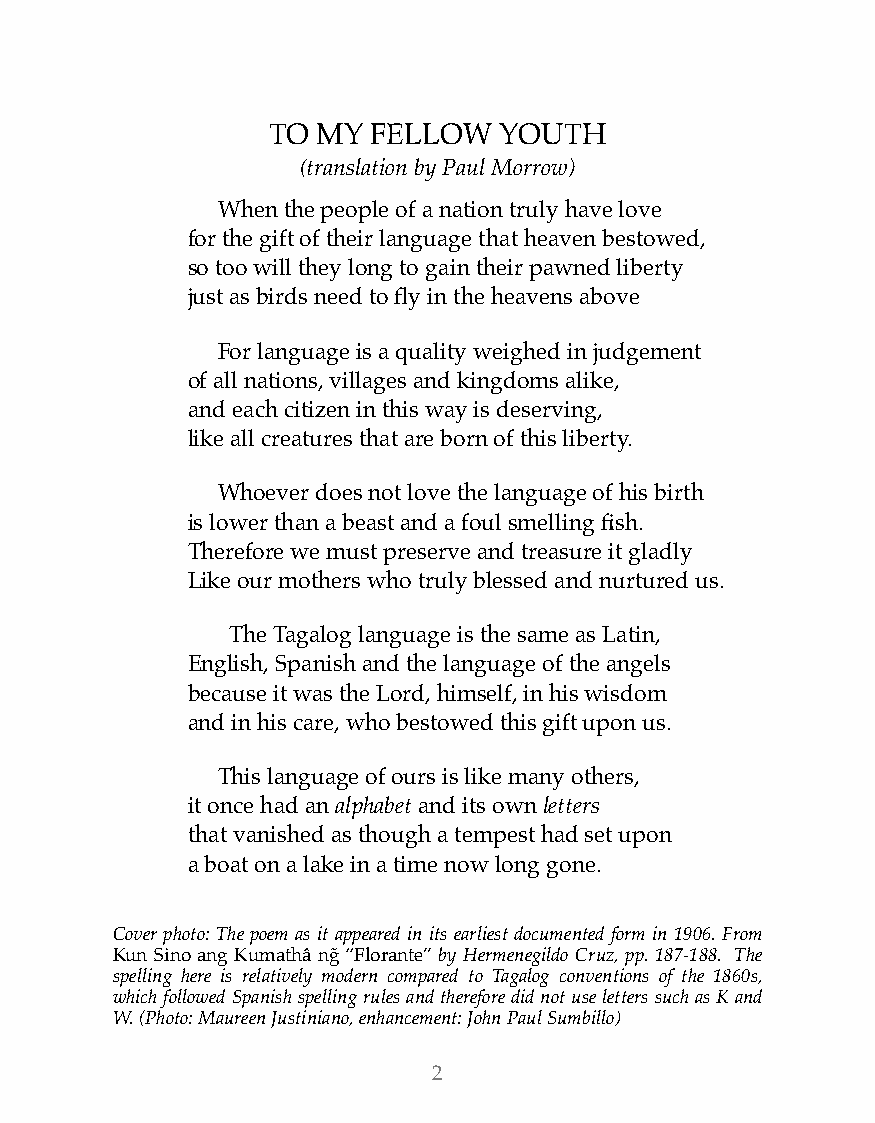
TO MY FELLOW   YOUTH
 (translation by Paul Morrow)
 When the people of a nation truly have love
 for the gift of their language that heaven bestowed,
 so too will they long to gain their pawned liberty
 just as birds need to fly in the heavens above
 For language is a quality weighed in judgement
 of all nations, villages and kingdoms alike,
 and each citizen in this way is deserving,
 like all creatures that are born of this liberty.
 Whoever does not love the language of his birth
 is lower than a beast and a foul smelling fish.
 Therefore we must preserve and treasure it gladly
 Like our mothers who truly blessed and nurtured us.
 The Tagalog language is the same as Latin,
 English, Spanish and the language of the angels
 because it was the Lord, himself, in his wisdom
 and in his care, who bestowed this gift upon us.
 This language of ours is like many others,
 it once had an alphabet and its own letters
 that vanished as though a tempest had set upon
 a boat on a lake in a time now long gone.
 Cover photo: The poem as it appeared in its earliest documented form in 1906. From
 Kun Sino ang Kumathâ ng̃ “Florante” by Hermenegildo Cruz, pp. 187-188. The
 spelling here is relatively modern compared to Tagalog conventions of the 1860s,
 which followed Spanish spelling rules and therefore did not use letters such as K and
 W. (Photo: Maureen Justiniano, enhancement: John Paul Sumbillo)
 2